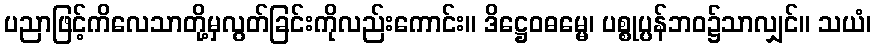
ပညာဖြင့်ကိလေသာတို့မှလွတ်ခြင်းကိုလည်းကောင်း။ ဒိဋ္ဌေဝဓမ္မေ၊ ပစ္စုပ္ပန်ဘဝ၌သာလျှင်။ သယံ၊